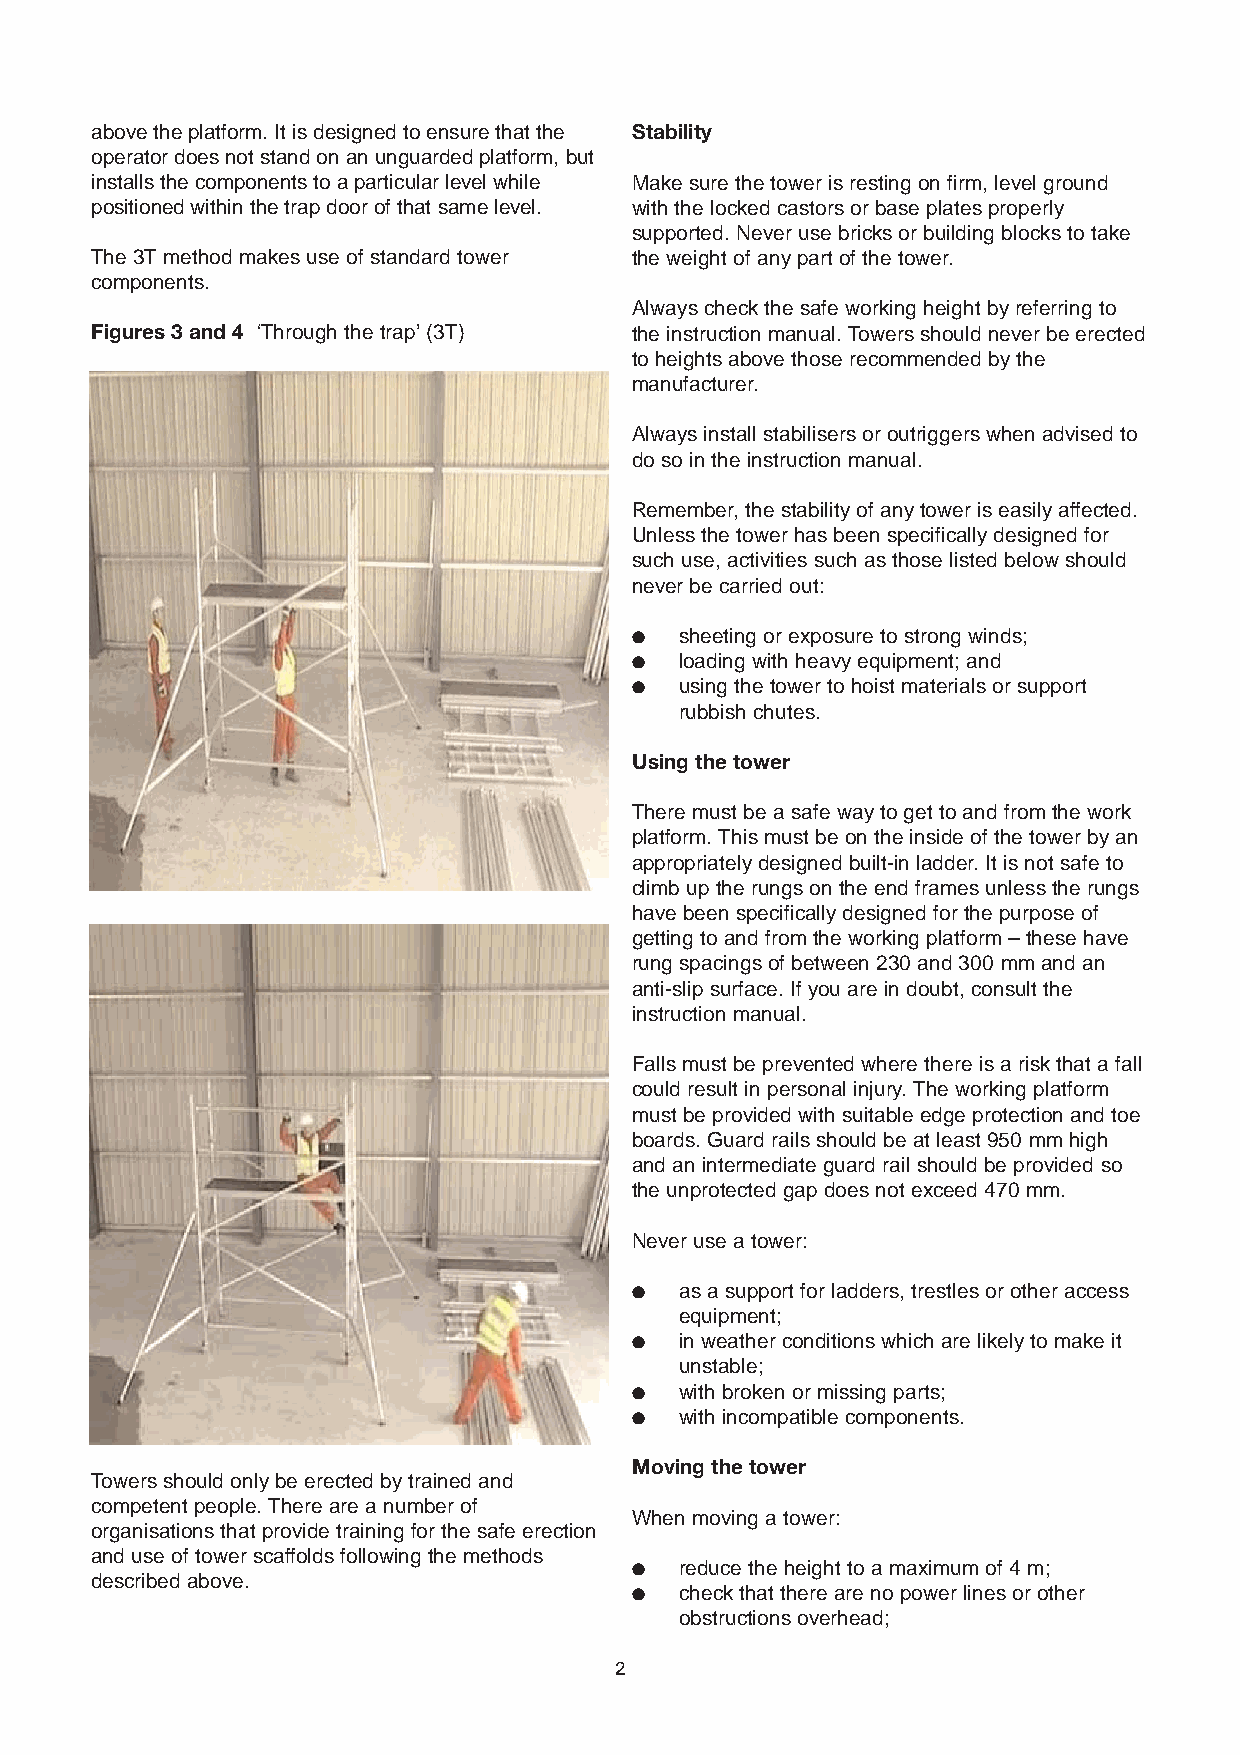
above the platform. It is designed to ensure that the Stability
 operator does not stand on an unguarded platform, but
 installs the components to a particular level while Make sure the tower is resting on firm, level ground
 positioned within the trap door of that same level. with the locked castors or base plates properly
 supported. Never use bricks or building blocks to take
 The 3T method makes use of standard tower the weight of any part of the tower.
 components.
 Always check the safe working height by referring to
 Figures 3 and 4 ‘Through the trap’ (3T) the instruction manual. Towers should never be erected
 to heights above those recommended by the
 manufacturer.
 Always install stabilisers or outriggers when advised to
 do so in the instruction manual.
 Remember, the stability of any tower is easily affected.
 Unless the tower has been specifically designed for
 such use, activities such as those listed below should
 never be carried out:
 ●  sheeting or exposure to strong winds;
 ●  loading with heavy equipment; and
 ●  using the tower to hoist materials or support
 rubbish chutes.
 Using the tower
 There must be a safe way to get to and from the work
 platform. This must be on the inside of the tower by an
 appropriately designed built-in ladder. It is not safe to
 climb up the rungs on the end frames unless the rungs
 have been specifically designed for the purpose of
 getting to and from the working platform – these have
 rung spacings of between 230 and 300 mm and an
 anti-slip surface. If you are in doubt, consult the
 instruction manual.
 Falls must be prevented where there is a risk that a fall
 could result in personal injury. The working platform
 must be provided with suitable edge protection and toe
 boards. Guard rails should be at least 950 mm high
 and an intermediate guard rail should be provided so
 the unprotected gap does not exceed 470 mm.
 Never use a tower:
 ●  as a support for ladders, trestles or other access
 equipment;
 ●  in weather conditions which are likely to make it
 unstable;
 ●  with broken or missing parts;
 ●  with incompatible components.
 Moving the tower
 Towers should only be erected by trained and
 competent people. There are a number of
 When moving a tower:
 organisations that provide training for the safe erection
 and use of tower scaffolds following the methods
 ●  reduce the height to a maximum of 4 m;
 described above.
 ●  check that there are no power lines or other
 obstructions overhead;
 2